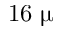
1 6 ~ \upmu